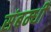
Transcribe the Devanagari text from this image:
संबम्धी